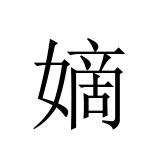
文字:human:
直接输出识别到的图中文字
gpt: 嫡